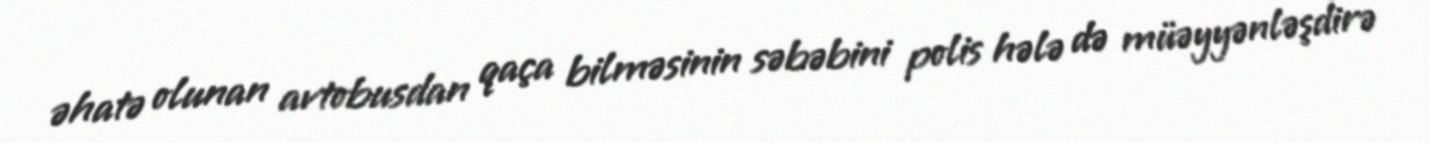
əhatə olunan avtobusdan qaça bilməsinin səbəbini polis hələ də müəyyənləşdirə